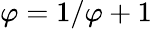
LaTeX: \varphi=1/\varphi+1